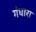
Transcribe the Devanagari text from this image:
गंधारा